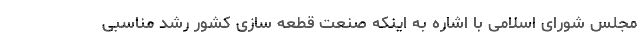
مجلس شورای اسلامی با اشاره به اینکه صنعت قطعه سازی کشور رشد مناسبی